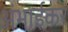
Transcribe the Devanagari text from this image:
अंभाईकर